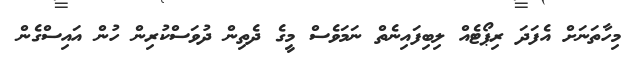
މިހާތަނަށް އެފަދަ ރިޕޯޓެއް ލިބިފައިނެތް ނަމަވެސް މީގެ ދެތިން ދުވަސްކުރިން ހުން އައިސްގެން